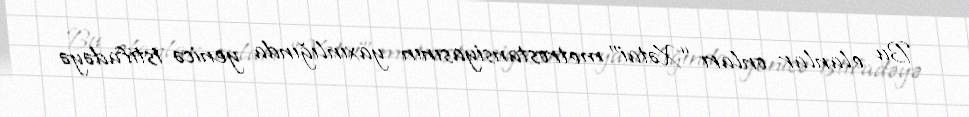
Bu elanlar onları “Xətai” metrostansiyasının yaxınlığında yenicə istifadəyə